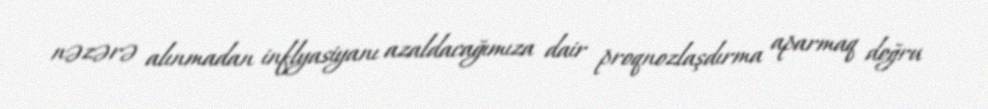
nəzərə alınmadan inflyasiyanı azaldacağımıza dair proqnozlaşdırma aparmaq doğru